Vaccine operations Central Provinces & Berar 1922-1929 - 1922-1929
Year: 1922
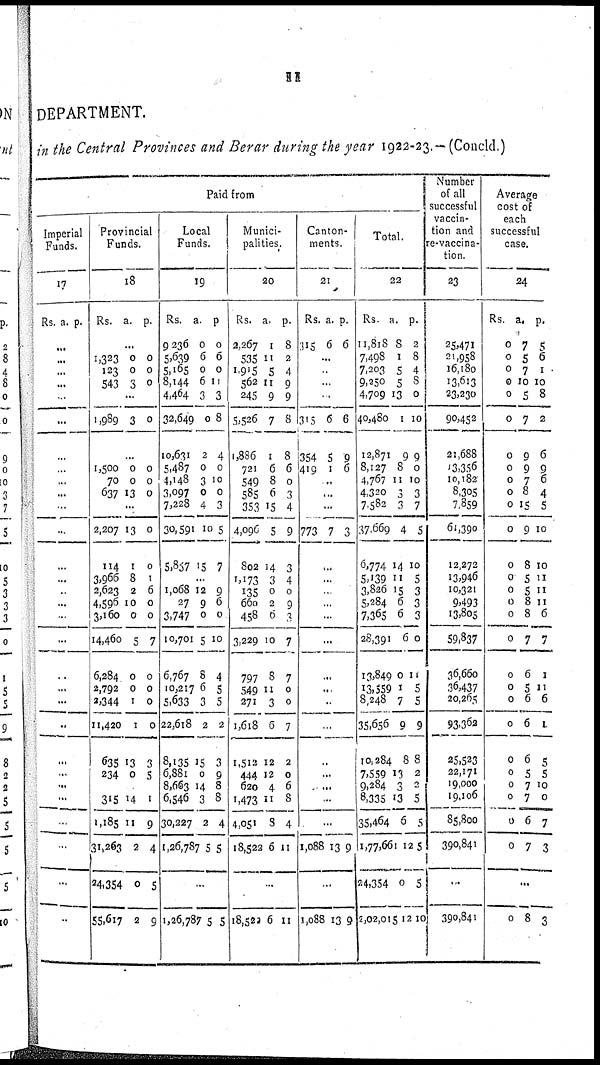
11
DEPARTMENT.
in the Central Provinces and Berar during the year 1922-23.— (Concld.)
Paid from
Imperial
Funds.
17
Rs. a. p.
...
...
...
...
...
...
...
...
...
...
...
...
...
...
...
...
...
...
...
...
...
...
...
...
...
...
...
...
...
...
Provincial
Funds.
18
Rs. a. p.
...
1,323
123
543
0
0
3
0
0
0
...
1,989 3 0
...
1,500
70
637
0
0
13
0
0
0
...
2,207
114
3,966
2,623
4,596
3,160
14,460
6,284
2,792
2,344
11,420
635
234
13
1
8
2
10
0
5
0
0
1
1
13
0
0
0
1
6
0
0
7
0
0
0
0
3
5
...
315
1,185
31,263
24,354
55,6617
14
11
2
0
2
1
9
4
5
9
Local
Funds.
19
Rs.
9,236
5,639
5,165
8,144
4,464
32,649
10,631
5,487
4,148
3,097
7,228
30,591
5,857
a.
0
6
0
6
3
0
2
0
3
0
4
10
15
p.
0
0
0
11
3
8
4
0
10
0
3
5
7
...
1,068
27
3,747
10,701
6,767
10,217
5,633
22,618
8,135
6,881
8,663
6,546
30,227
1,26,787
12
9
0
5
8
6
3
2
15
0
14
3
2
5
9
6
0
10
4
5
5
2
3
9
8
8
4
5
...
1,26,787 5
5
Munici-
palities.
20
Rs.
2,267
535
1,915
562
245
5,526
1,886
721
549
585
353
4,096
802
1,173
135
660
458
3,229
797
549
271
1,618
1,512
444
620
1,473
4,051
18,522
a.
1
11
5
11
9
7
1
6
8
6
15
5
14
3
0
2
6
10
8
11
3
6
12
12
4
11
8
6
p.
8
2
4
9
9
8
8
6
0
3
4
9
3
4
0
9
3
7
7
0
0
7
2
0
6
8
4
11
...
18,520 6 11
Canton-
ments
21
Rs.
315
a.
6
p.
6
...
...
...
...
315
354
419
6
5
1
6
9
6
...
...
...
773 7 3
...
...
...
...
...
...
...
...
...
...
...
...
...
...
...
1,088 13 9
...
1,088 13 9
Total.
22
Rs.
11,818
7,498
7,203
9,250
4,709
40,480
12,871
8,127
4,767
4,320
7,582
37,669
6,774
5,139
3,826
5,284
7,365
28,391
13,849
13,559
8,248
35,656
10,284
7,559
9,284
8,335
35,464
1,77,661
24,354
2,02,015
a.
8
1
5
5
13
1
9
8
11
3
3
4
14
11
15
6
6
6
0
1
7
9
8
13
3
13
6
12
0
12
p.
2
8
4
8
0
10
9
0
10
3
7
5
10
5
3
3
3
0
11
5
5
9
8
2
2
5
5
5
5
10
Number
of all
successful
vaccin-
tion and
re-vaccina-
tion.
23
25,471
21,958
16,180
13,613
23,230
90,452
21,688
13,356
10,182
8,305
7,859
61,390
12,272
13,946
10,321
9,493
13,805
59,837
36,660
36,437
20,265
93,362
25,523
22,171
19,000
19,106
85,800
390,841
...
390,841
Average
cost of
each
successful
case.
24
Rs.
0
0
0
0
0
0
0
0
0
0
0
0
0
0
0
0
0
0
0
0
0
0
0
0
0
0
0
0
a.
7
5
7
10
5
7
9
9
7
8
15
9
8
5
5
8
8
7
6
5
6
6
6
5
7
7
6
7
p.
5
6
1
10
8
2
6
9
6
4
5
10
10
11
11
11
6
7
1
11
6
1
5
5
10
0
7
3
...
0 8 3